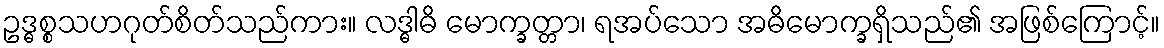
ဥဒ္ဓစ္စသဟဂုတ်စိတ်သည်ကား။ လဒ္ဓါဓိ မောက္ခတ္တာ၊ ရအပ်သော အဓိမောက္ခရှိသည်၏ အဖြစ်ကြောင့်။